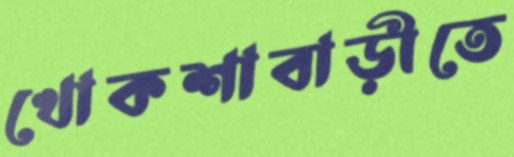
খোকশাবাড়ীতে